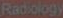
Radiology